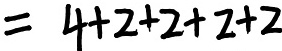
= 4 + 2 + 2 + 2 + 2